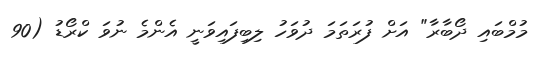
މުމްބައި ދޯބާރާ" އަށް ފުރަތަމަ ދުވަހު ލިބިފައިވަނީ އެންމެ ނުވަ ކްރޯޑު (90